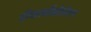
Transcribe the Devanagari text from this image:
डीकार्बोक्षीलेशन